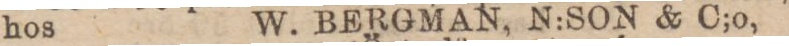
hos W. BERGMAN, N:SON & C;o,